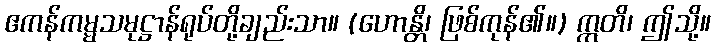
ဧကန်ကမ္မသမုဋ္ဌာန်ရုပ်တို့ချည်းသာ။ (ဟောန္တိ၊ ဖြစ်ကုန်၏။) ဣတိ၊ ဤသို့။